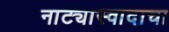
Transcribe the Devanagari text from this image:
नाट्यास्वादाचा